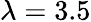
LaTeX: \lambda=3.5